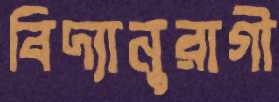
বিদ্যানুরাগী